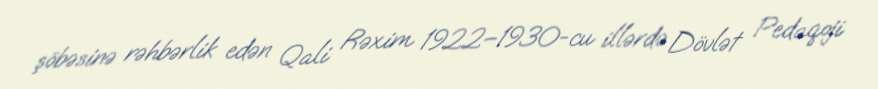
şöbəsinə rəhbərlik edən Qali Rəxim 1922–1930-cu illərdə Dövlət Pedaqoji